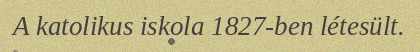
A katolikus iskola 1827-ben létesült.